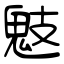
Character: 鬾